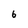
Character: 6